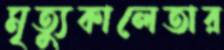
মৃত্যুকালেতার